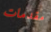
مقدمات